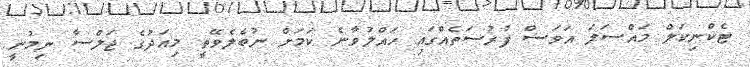
ޓެކްނިކަލް މައްސަލަ އަވަސް ފުރުސަތެއްގައި ހައްލުވާނެ ކަމަށް ނުބެލެވޭތީ މިއަދުގެ ޖަލްސާ ނިމުނީ